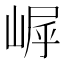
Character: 𪩀